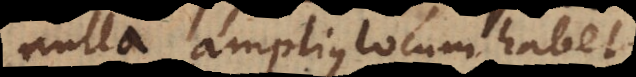
nulla amplius locum habet